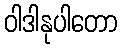
ဝါဒါနုပါတော